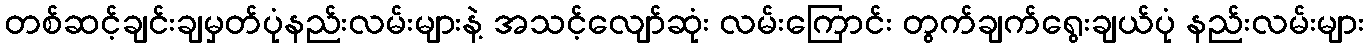
တစ်ဆင့်ချင်းချမှတ်ပုံနည်းလမ်းများနဲ့ အသင့်လျော်ဆုံး လမ်းကြောင်း တွက်ချက်ရွေးချယ်ပုံ နည်းလမ်းများ